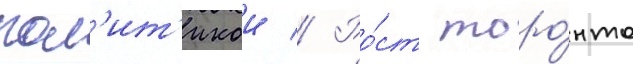
пол'ит'икои // Ро́ст торо́нто